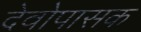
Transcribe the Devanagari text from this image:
देवोपासक